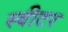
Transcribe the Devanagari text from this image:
स्वीटर